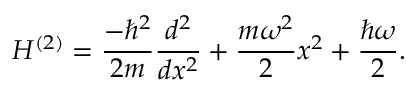
H ^ { ( 2 ) } = { \frac { - \hbar ^ { 2 } } { 2 m } } { \frac { d ^ { 2 } } { d x ^ { 2 } } } + { \frac { m \omega ^ { 2 } } { 2 } } x ^ { 2 } + { \frac { \hbar \omega } { 2 } } .